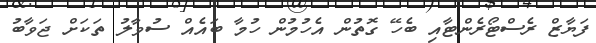
ފަޔާޒް ރެސްޓޯރެންޓާއި ބެހޭ ގޮތުން އެހުމުން ހުމާ ބައެއް ސުވާލު ތަކަށް ޖަވާބު